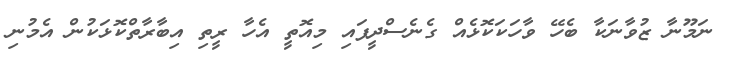
ނަމޫނާ ޒުވާނަކާ ބެހޭ ވާހަކަކޮޅެއް ގެނެސްދީފައި މިއޮތީ އެހާ ރީތި އިބާރާތްކޮޅަކުން އެމުނި